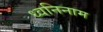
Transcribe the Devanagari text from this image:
ध्वनिनाम